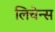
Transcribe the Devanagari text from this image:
लिचेन्स